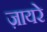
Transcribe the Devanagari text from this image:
ज़ायरे